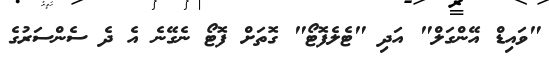
"ވައިޑް އޭންގަލް" އަދި "ޓެލެފޮޓޯ" ގޮތަށް ފޮޓޯ ނެގޭނެ އެ ދެ ސެންސަރުގެ